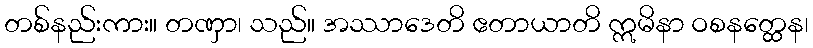
တစ်နည်းကား။ တဏှာ၊ သည်။ အဿာဒေတိ ဧတာယာတိ ဣမိနာ ဝစနတ္ထေန၊